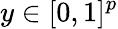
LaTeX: y\in[0,1]^{p}